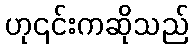
ဟု၎င်းကဆိုသည်